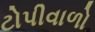
ટોપીવાળો